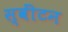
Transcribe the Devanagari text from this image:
स्वींटन